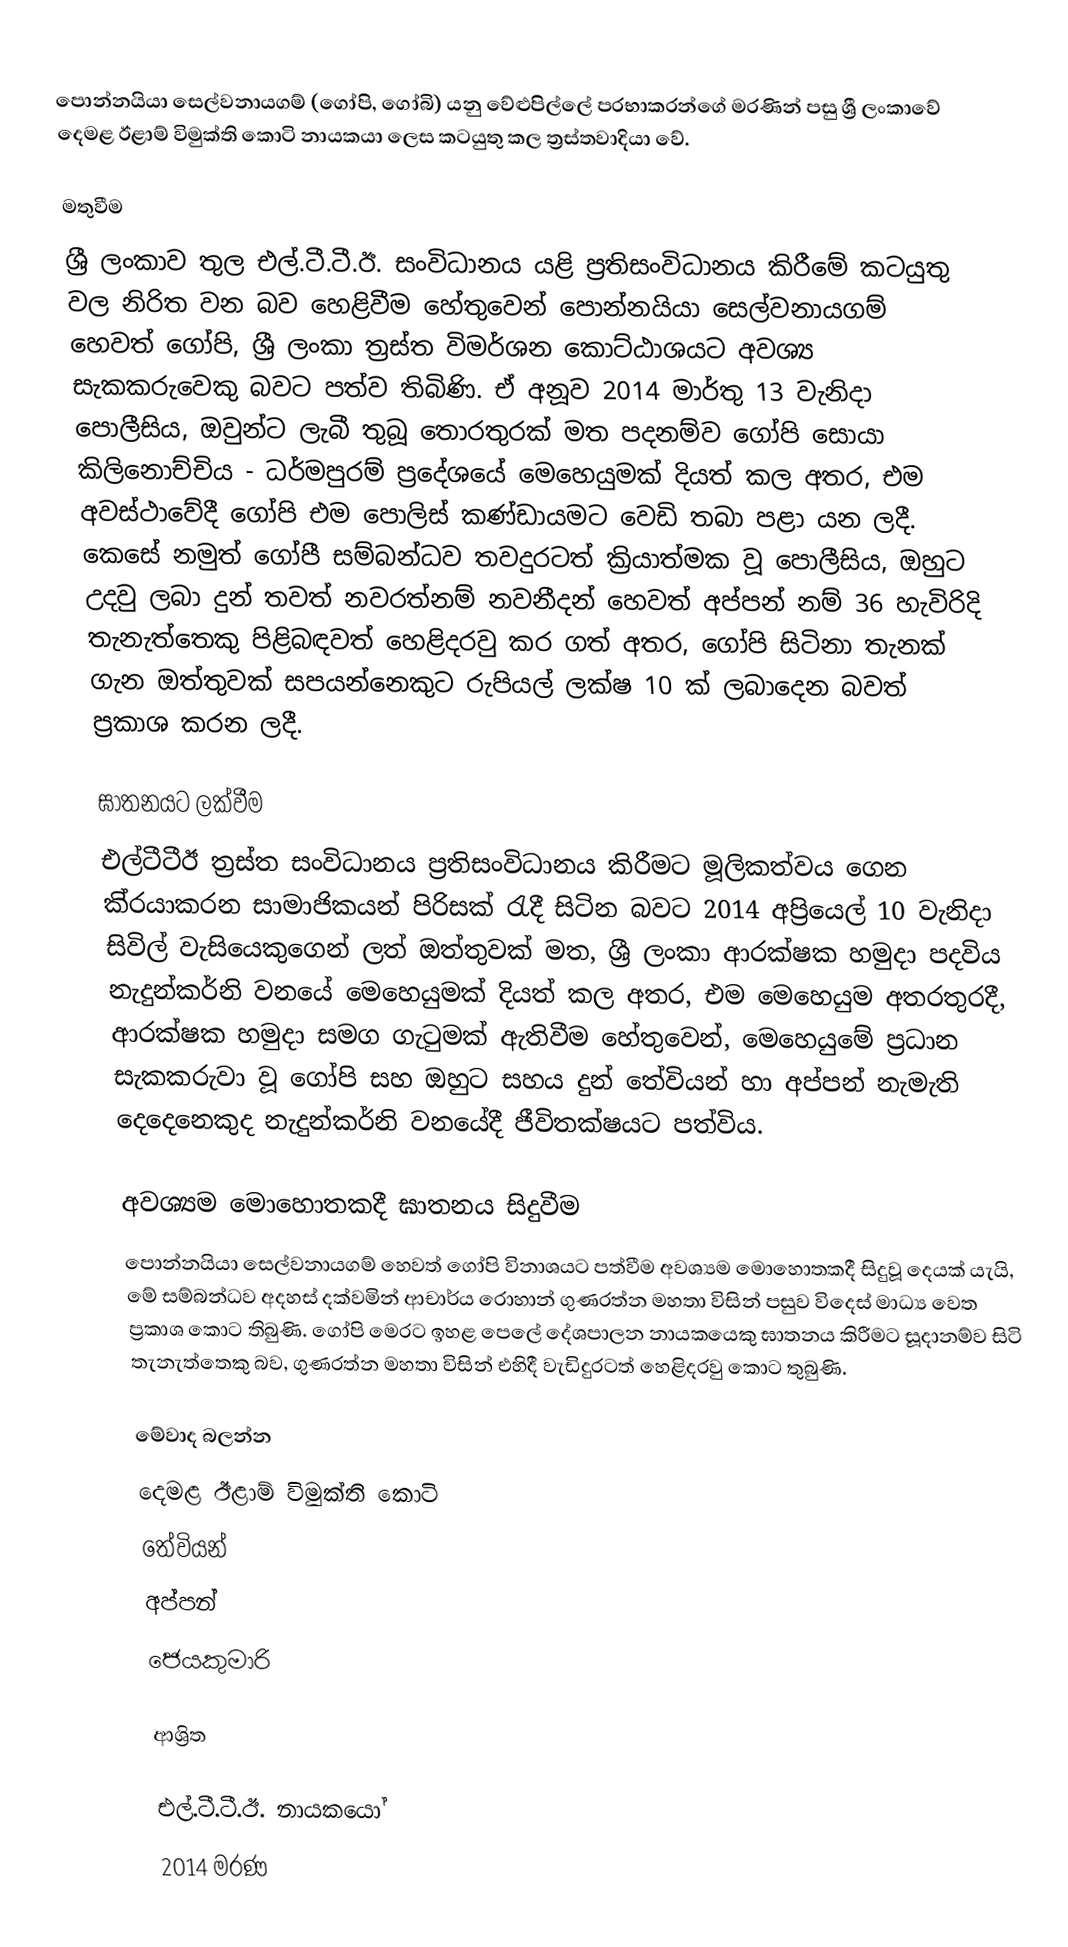
පොන්නයියා සෙල්වනායගම් (ගෝපි, ගෝබි) යනු වේළුපිල්ලේ ප‍්‍රභාකරන්ගේ මරණින් පසු ශ්‍රී ලංකාවේ දෙමළ ඊළාම් විමුක්ති කොටි නායකයා ලෙස කටයුතු කල ත්‍රස්තවාදියා වේ.

මතුවීම
ශ්‍රී ලංකාව තුල එල්.ටී.ටී.ඊ. සංවිධානය යළි ප‍්‍රතිසංවිධානය කිරීමේ කටයුතු වල නිරිත වන බව හෙළිවීම හේතුවෙන් පොන්නයියා සෙල්වනායගම් හෙවත් ගෝපි, ශ්‍රී ලංකා ත‍්‍රස්ත විමර්ශන කොට්ඨාශයට අවශ්‍ය සැකකරුවෙකු බවට පත්ව තිබිණි. ඒ අනූව 2014 මාර්තු 13 වැනිදා පොලීසිය, ඔවුන්ට ලැබී තුබූ තොරතුරක් මත පදනම්ව ගෝපි සොයා කිලිනොච්චිය - ධර්මපුරම් ප‍්‍රදේශයේ මෙහෙයුමක් දියත් කල අතර, එම අවස්ථාවේදී ගෝපි එම පොලිස් කණ්ඩායමට වෙඩි තබා පළා යන ලදී. කෙසේ නමුත් ගෝපී සම්බන්ධව තවදුරටත් ක්‍රියාත්මක වූ පොලීසිය, ඔහුට උදවු ලබා දුන් තවත් නවරත්නම් නවනීදන් හෙවත් අප්පන් නම් 36 හැවිරිදි තැනැත්තෙකු පිළිබඳවත් හෙළිදරවු කර ගත් අතර, ගෝපි සිටිනා තැනක් ගැන ඔත්තුවක් සපයන්නෙකුට රුපියල් ලක්ෂ 10 ක් ලබාදෙන බවත් ප්‍රකාශ කරන ලදී.

ඝාතනයට ලක්වීම
එල්ටීටීඊ ත්‍රස්ත සංවිධානය ප‍්‍රතිසංවිධානය කිරීමට මූලිකත්වය ගෙන කි‍්‍රයාකරන සාමාජිකයන් පිරිසක් රැදී සිටින බවට 2014 අප්‍රියෙල් 10 වැනිදා සිවිල් වැසියෙකුගෙන් ලත් ඔත්තුවක් මත, ශ්‍රී ලංකා ආරක්ෂක හමුදා පදවිය නැදුන්කර්නි වනයේ මෙහෙයුමක් දියත් කල අතර, එම මෙහෙයුම අතරතුරදී, ආරක්ෂක හමුදා සමග ගැටුමක් ඇතිවීම හේතුවෙන්, මෙහෙයුමේ ප්‍රධාන සැකකරුවා වූ ගෝපි සහ ඔහුට සහය දුන් තේවියන් හා අප්පන් නැමැති දෙදෙනෙකුද නැදුන්කර්නි වනයේදී ජීවිතක්ෂයට පත්විය.

අවශ්‍යම මොහොතකදී ඝාතනය සිදුවීම
පොන්නයියා සෙල්වනායගම් හෙවත් ගෝපි විනාශයට පත්වීම අවශ්‍යම මොහොතකදී සිදුවූ දෙයක් යැයි, මේ සම්බන්ධව අදහස් දක්වමින් ආචාර්ය රොහාන් ගුණරත්න මහතා විසින් පසුව විදෙස් මාධ්‍ය වෙත ප්‍රකාශ කොට තිබුණි. ගෝපි මෙරට ඉහළ පෙලේ දේශපාලන නායකයෙකු ඝාතනය කිරීමට සූදානම්ව සිටි තැනැත්තෙකු බව, ගුණරත්න මහතා විසින් එහිදී වැඩිදුරටත් හෙළිදරවු කොට තුබුණි.

මේවාද බලන්න
 දෙමළ ඊළාම් විමුක්ති කොටි
 තේවියන්
 අප්පන්
 ජෙයකුමාරි

ආශ්‍රිත

එල්.ටී.ටී.ඊ. නායකයෝ
2014 මරණ